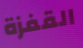
القفزة